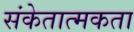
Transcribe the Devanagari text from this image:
संकेतात्मकता